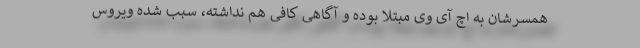
همسرشان به اچ آی وی مبتلا بوده و آگاهی کافی هم نداشته، سبب شده ویروس